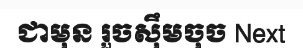
ជាមុន រួចស៊ឹមចុច Next